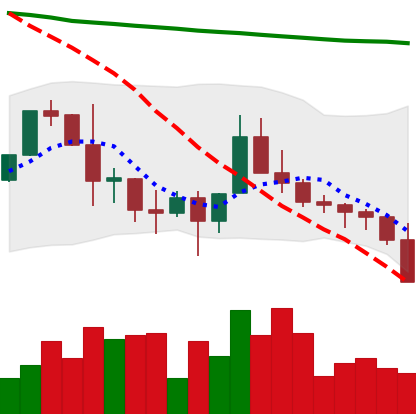
Ticker: XLM-USD
Chart end date: 2022-01-20
Forward return: -15.034%
Label: down_7plus